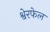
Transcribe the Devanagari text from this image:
श्वेरफेल